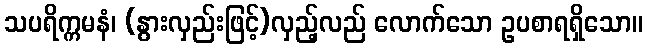
သပရိက္ကမနံ၊ (နွားလှည်းဖြင့်)လှည့်လည် လောက်သော ဥပစာရရှိသော။